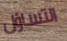
التساؤل